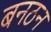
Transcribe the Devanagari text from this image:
बनठन